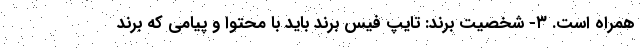
همراه است. ۳- شخصیت برند: تایپ فیس برند باید با محتوا و پیامی که برند